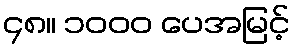
၄၈။ ၁၀၀၀ ပေအမြင့်